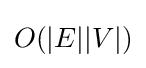
O(|E||V|)